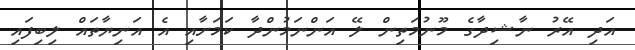
އަދި އޭރު ނާޝިދާގެ މޫނުމަތިން ލޭ އަންނަމުންދާ ކަމަށާއި އެ އަނިޔާތައް ލިބިފައި